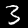
Digit: 3